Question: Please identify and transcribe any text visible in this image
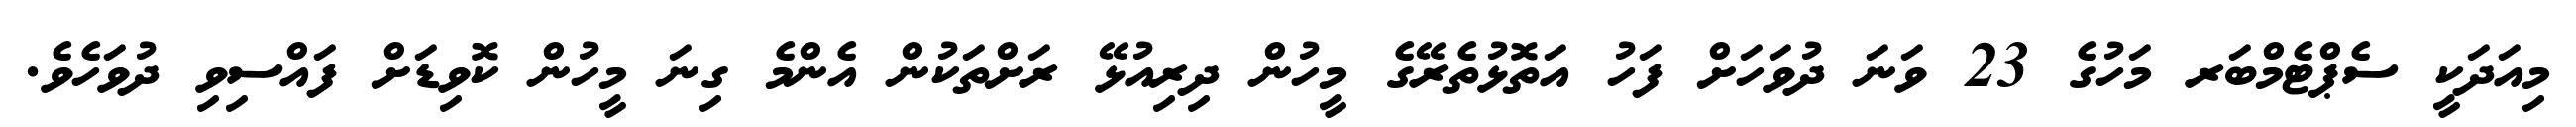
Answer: މިއަދަކީ ސެޕްޓެމްބަރ މަހުގެ 23 ވަނަ ދުވަހަށް ފަހު އަތޮޅުތެރޭގެ މީހުން ދިރިއުޅޭ ރަށްތަކުން އެންމެ ގިނަ މީހުން ކޮވިޑަށް ފައްސިވި ދުވަހެވެ.